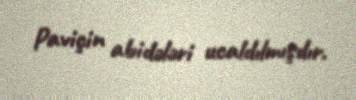
Paviçin abidələri ucaldılmışdır.